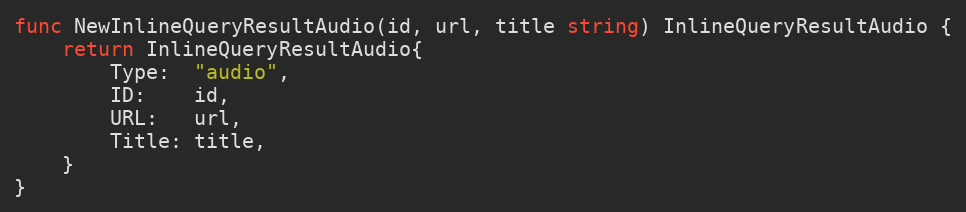
Language: Go
func NewInlineQueryResultAudio(id, url, title string) InlineQueryResultAudio {
	return InlineQueryResultAudio{
		Type:  "audio",
		ID:    id,
		URL:   url,
		Title: title,
	}
}